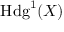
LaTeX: \operatorname { H d g } ^ { 1 } ( X )